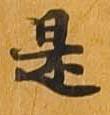
是